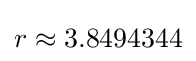
r\approx 3.8494344